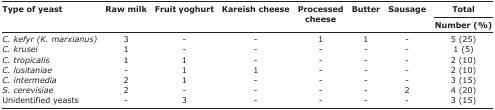
<table><thead><tr><td rowspan="3"><b>Type of yeast</b></td><td rowspan="3"><b>Raw milk</b></td><td rowspan="3"><b>Fruit yoghurt</b></td><td rowspan="3"><b>Kareish cheese</b></td><td rowspan="3"><b>Processed cheese</b></td><td rowspan="3"><b>Butter</b></td><td rowspan="3"><b>Sausage</b></td><td><b>Total</b></td></tr><tr><td><b>Number (%)</b></td></tr></thead><tbody><tr><td><i>C. kefyr (K. marxianus)</i></td><td>3</td><td>-</td><td>-</td><td>1</td><td>1</td><td>-</td><td>5 (25)</td></tr><tr><td><i>C. krusei</i></td><td>1</td><td>-</td><td>-</td><td>-</td><td>-</td><td>-</td><td>1 (5)</td></tr><tr><td><i>C. tropicalis</i></td><td>1</td><td>1</td><td>-</td><td>-</td><td>-</td><td>-</td><td>2 (10)</td></tr><tr><td><i>C. lusitaniae</i></td><td>-</td><td>1</td><td>1</td><td>-</td><td>-</td><td>-</td><td>2 (10)</td></tr><tr><td><i>C. intermedia</i></td><td>2</td><td>1</td><td>-</td><td>-</td><td>-</td><td>-</td><td>3 (15)</td></tr><tr><td><i>S. cerevisiae</i></td><td>2</td><td>-</td><td>-</td><td>-</td><td>-</td><td>2</td><td>4 (20)</td></tr><tr><td>Unidentified yeasts</td><td>-</td><td>3</td><td>-</td><td>-</td><td>-</td><td>-</td><td>3 (15)</td></tr></tbody></table>